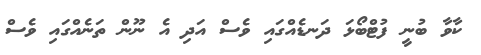
ކާވާ ބުނީ ފުޓްބޯޅަ ދަނޑެއްގައި ވެސް އަދި އެ ނޫން ތަނެއްގައި ވެސް